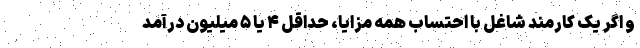
و اگر یک کارمند شاغل با احتساب همه مزایا، حداقل ۴ یا ۵ میلیون درآمد